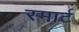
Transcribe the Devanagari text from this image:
स्‍मार्ट